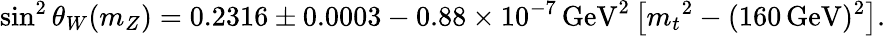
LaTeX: {\sin^{2}\theta_{W}}(m_{Z})=0.2316\pm 0.0003-0.88\times 10^{-7}{\mathrm{\, GeV}}^{2}\left[{m_{t}}^{2}-(160\mathrm{\, GeV})^{2}\right].